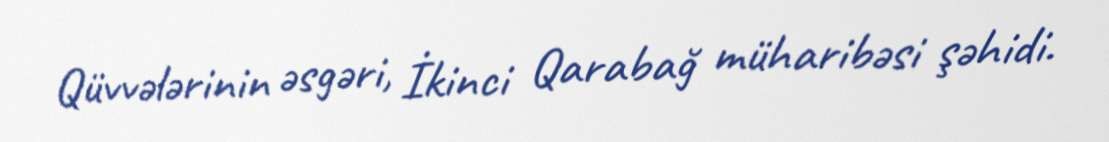
Qüvvələrinin əsgəri, İkinci Qarabağ müharibəsi şəhidi.